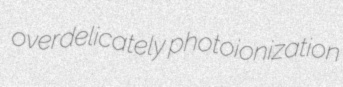
overdelicately photoionization